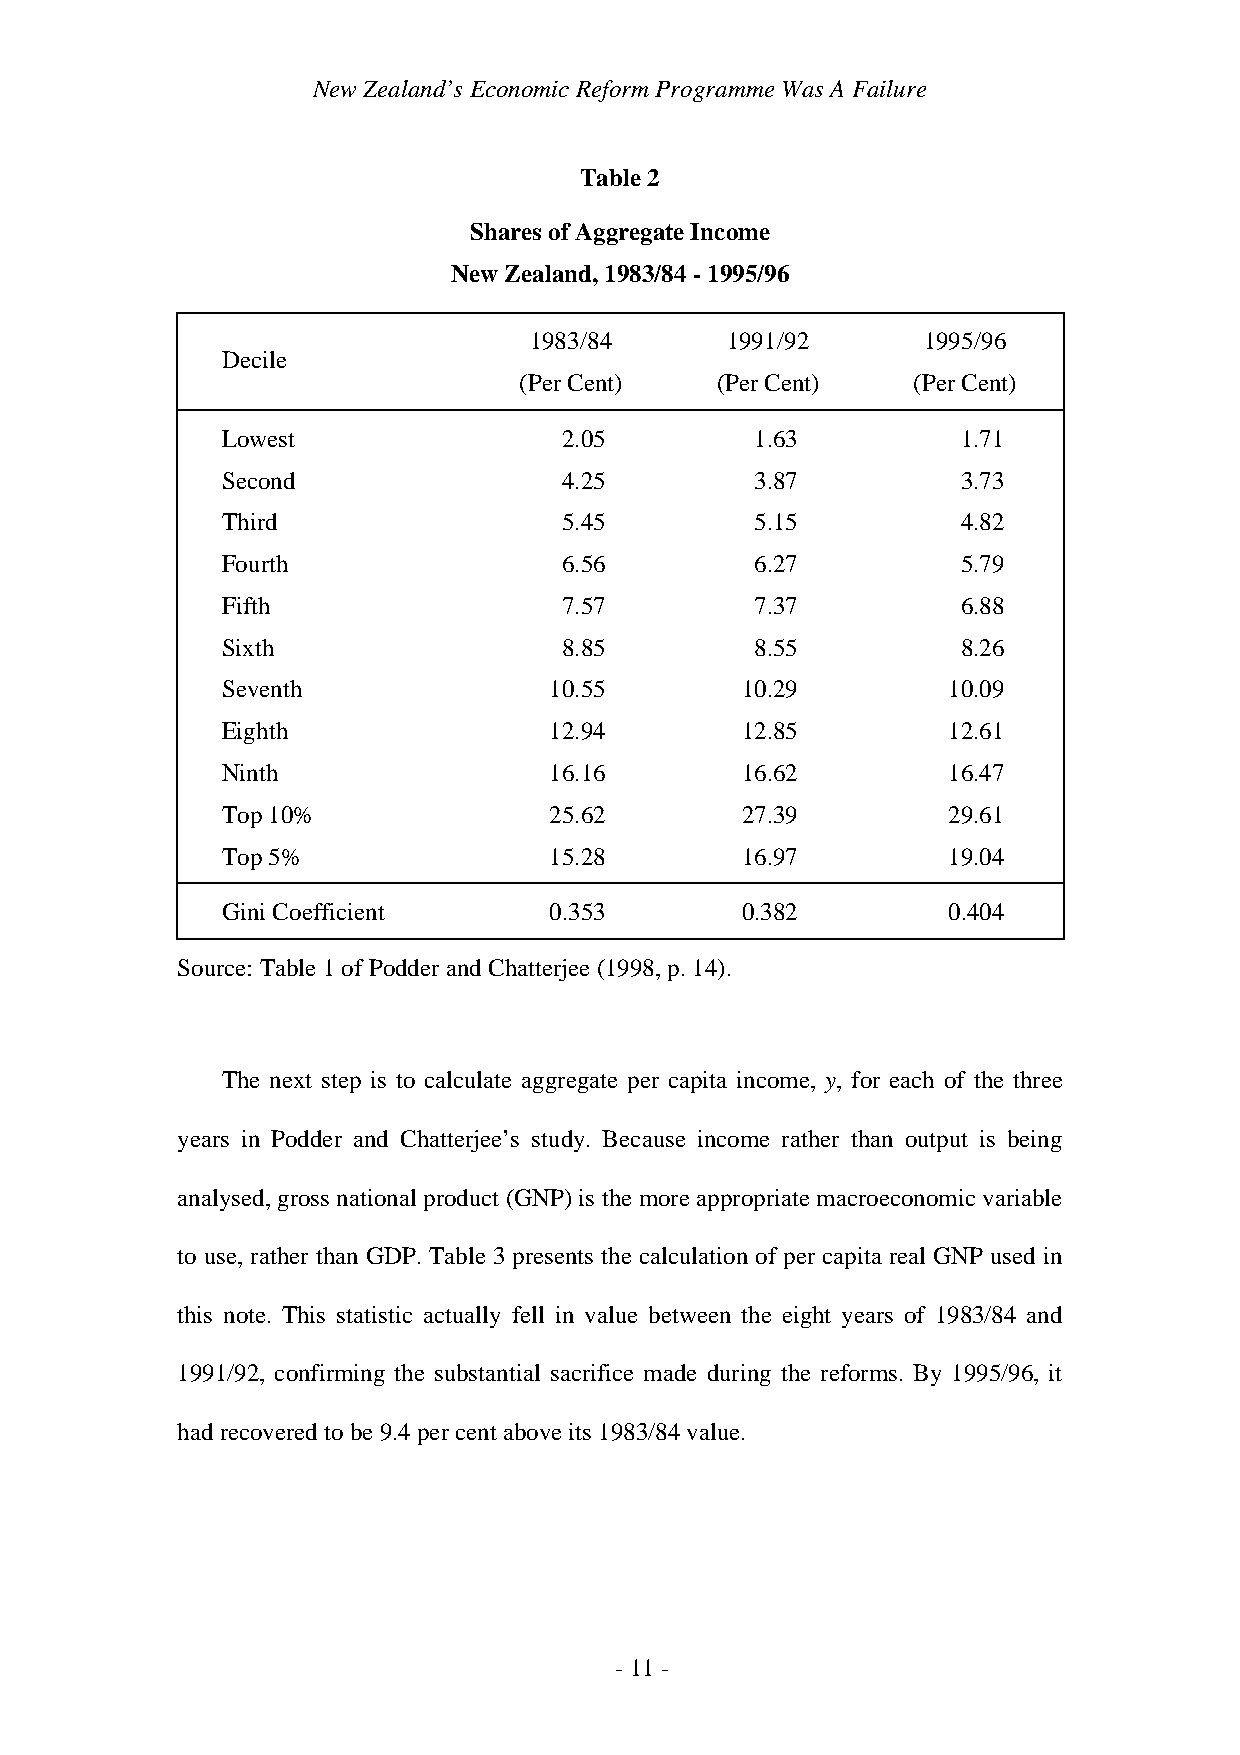
New Zealand’s Economic Reform Programme Was A Failure
 Table 2
 Shares of Aggregate Income
 New Zealand, 1983/84 - 1995/96
 1983/84      1991/92      1995/96
 Decile
 (Per Cent)   (Per Cent)   (Per Cent)
 Lowest                2.05         1.63          1.71
 Second                4.25         3.87          3.73
 Third                 5.45         5.15          4.82
 Fourth                6.56         6.27          5.79
 Fifth                 7.57         7.37          6.88
 Sixth                 8.85         8.55          8.26
 Seventh              10.55        10.29         10.09
 Eighth               12.94        12.85         12.61
 Ninth                16.16        16.62         16.47
 Top 10%              25.62        27.39         29.61
 Top 5%               15.28        16.97         19.04
 Gini Coefficient     0.353        0.382         0.404
 Source: Table 1 of Podder and Chatterjee (1998, p. 14).
 The next step is to calculate aggregate per capita income, y, for each of the three
 years in Podder and Chatterjee’s study. Because income rather than output is being
 analysed, gross national product (GNP) is the more appropriate macroeconomic variable
 to use, rather than GDP. Table 3 presents the calculation of per capita real GNP used in
 this note. This statistic actually fell in value between the eight years of 1983/84 and
 1991/92, confirming the substantial sacrifice made during the reforms. By 1995/96, it
 had recovered to be 9.4 per cent above its 1983/84 value.
 - 11 -